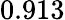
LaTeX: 0.913